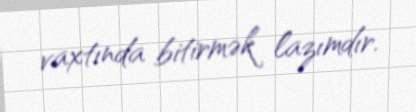
vaxtında bitirmək lazımdır.